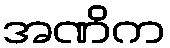
အဏိက